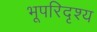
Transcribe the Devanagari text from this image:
भूपरिदृश्य